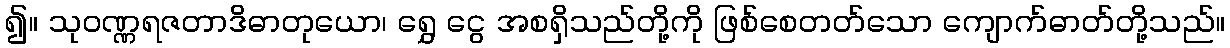
၍။ သုဝဏ္ဏရဇတာဒိဓာတုယော၊ ရွှေ ငွေ အစရှိသည်တို့ကို ဖြစ်စေတတ်သော ကျောက်ဓာတ်တို့သည်။